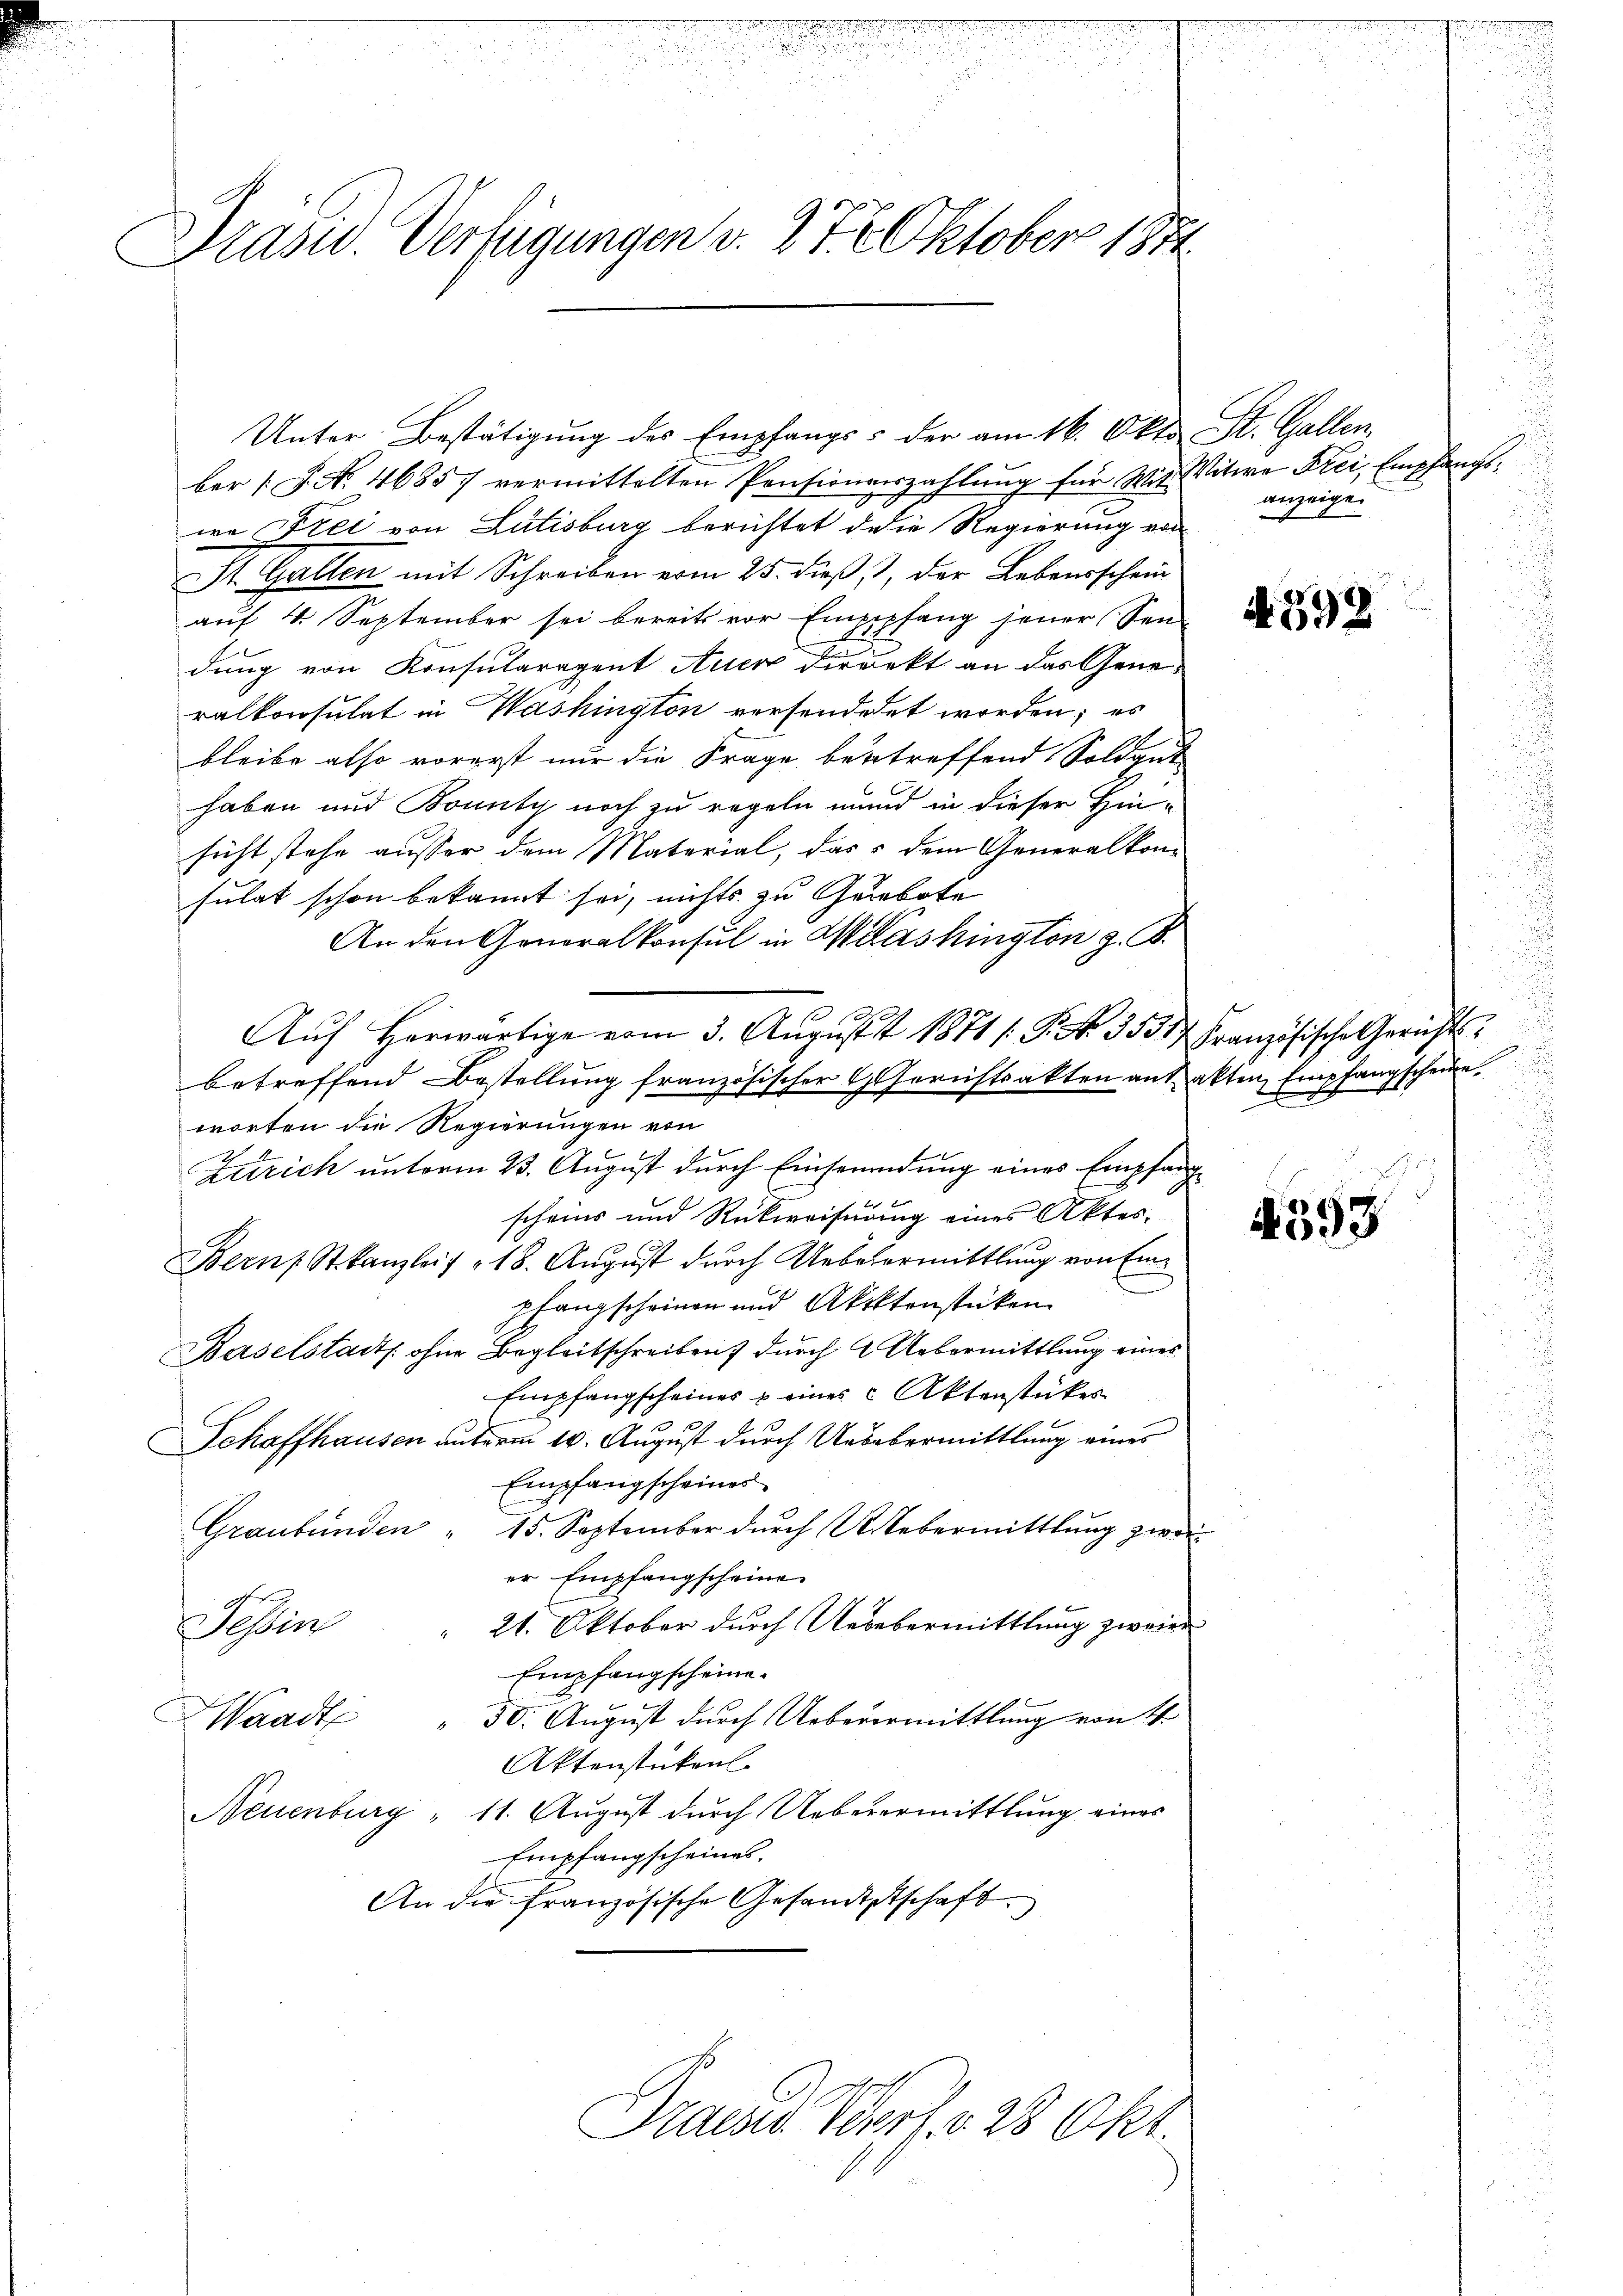
Präsid. Verfügungen v. 27. Oktober 1874.

Unter Bestätigung des Empfangs- der am 16. Okto St. Gallen,
ber (S. Nr. 46857 vermittelten Pensionverzahlŭng für Wie Witwe Frei, Empfangs-
wa Frei von Lutisburg berichtet die Regierung von
St. Gallen mit Schreiben vom 25. dieß, 1, der Lebensschein
auf 4. September sei bereits vor Emppfang jener Sen-
dung von Konsularagent Auer direkt an das Generalkonsulat in Washington versonderet worden; es
d
bleibe also vorerst nur die Frage betreffend Soldgat-
haben und Bounty noch zu regeln mund in dieser Hin-
sicht stehe ausser dem Material, das dem Generalkom
sulat schon bekannt sei, nichts zu Gebote
An den Generalkonsul in Washington z. B.
Aŭf herwärtige vom 3. Aŭgŭst 1871 /: P. Nr. 3531. Französische Gerichtsbetreffend Bestellung französischer Gerichtsakten auf akten Empfangschein.
worten die Regierungen von
Zutrich unterm 23. August durch Einsendung eines Empfang
scheins und Rückweisung eines Aktes,
Berns Stkanzleis 18. August durch Ueberarmittlung von Einpfangscheinen und Aktenstücken
Baselstadt ohne Begleitschreiben durch Uebermittlung eines
Empfangscheines u eines Aktenstückes
1
Schaffhausen unterm 10. August durch Uebermittlung eines
Empfangscheines
Graubünden " 15. September dŭrch Webermittlung zwei
er Empfangscheine
21. Oktober durch Uebebermittlung zweier
Tessin
Empfangscheine.
Waadt " 50. Aŭgŭst dŭrch Ueberermittlung von 4.
Aktenstückenl
Neuenburg " 11. August durch Ueberermittlung eines
Empfangscheines.
An die Französische Gesandtschaft
Fraue Verf. 28 Okt.

anzeige.

A. 598

4393